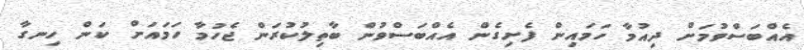
އެއްބަސްވުމަށް ދިއުމާ ހަމައިން ފެށިގެން އެއްބަސްވުން ބާތިލުކުރަން ޖެހުމާ ހަމައަށް ކަން ހިނގާ